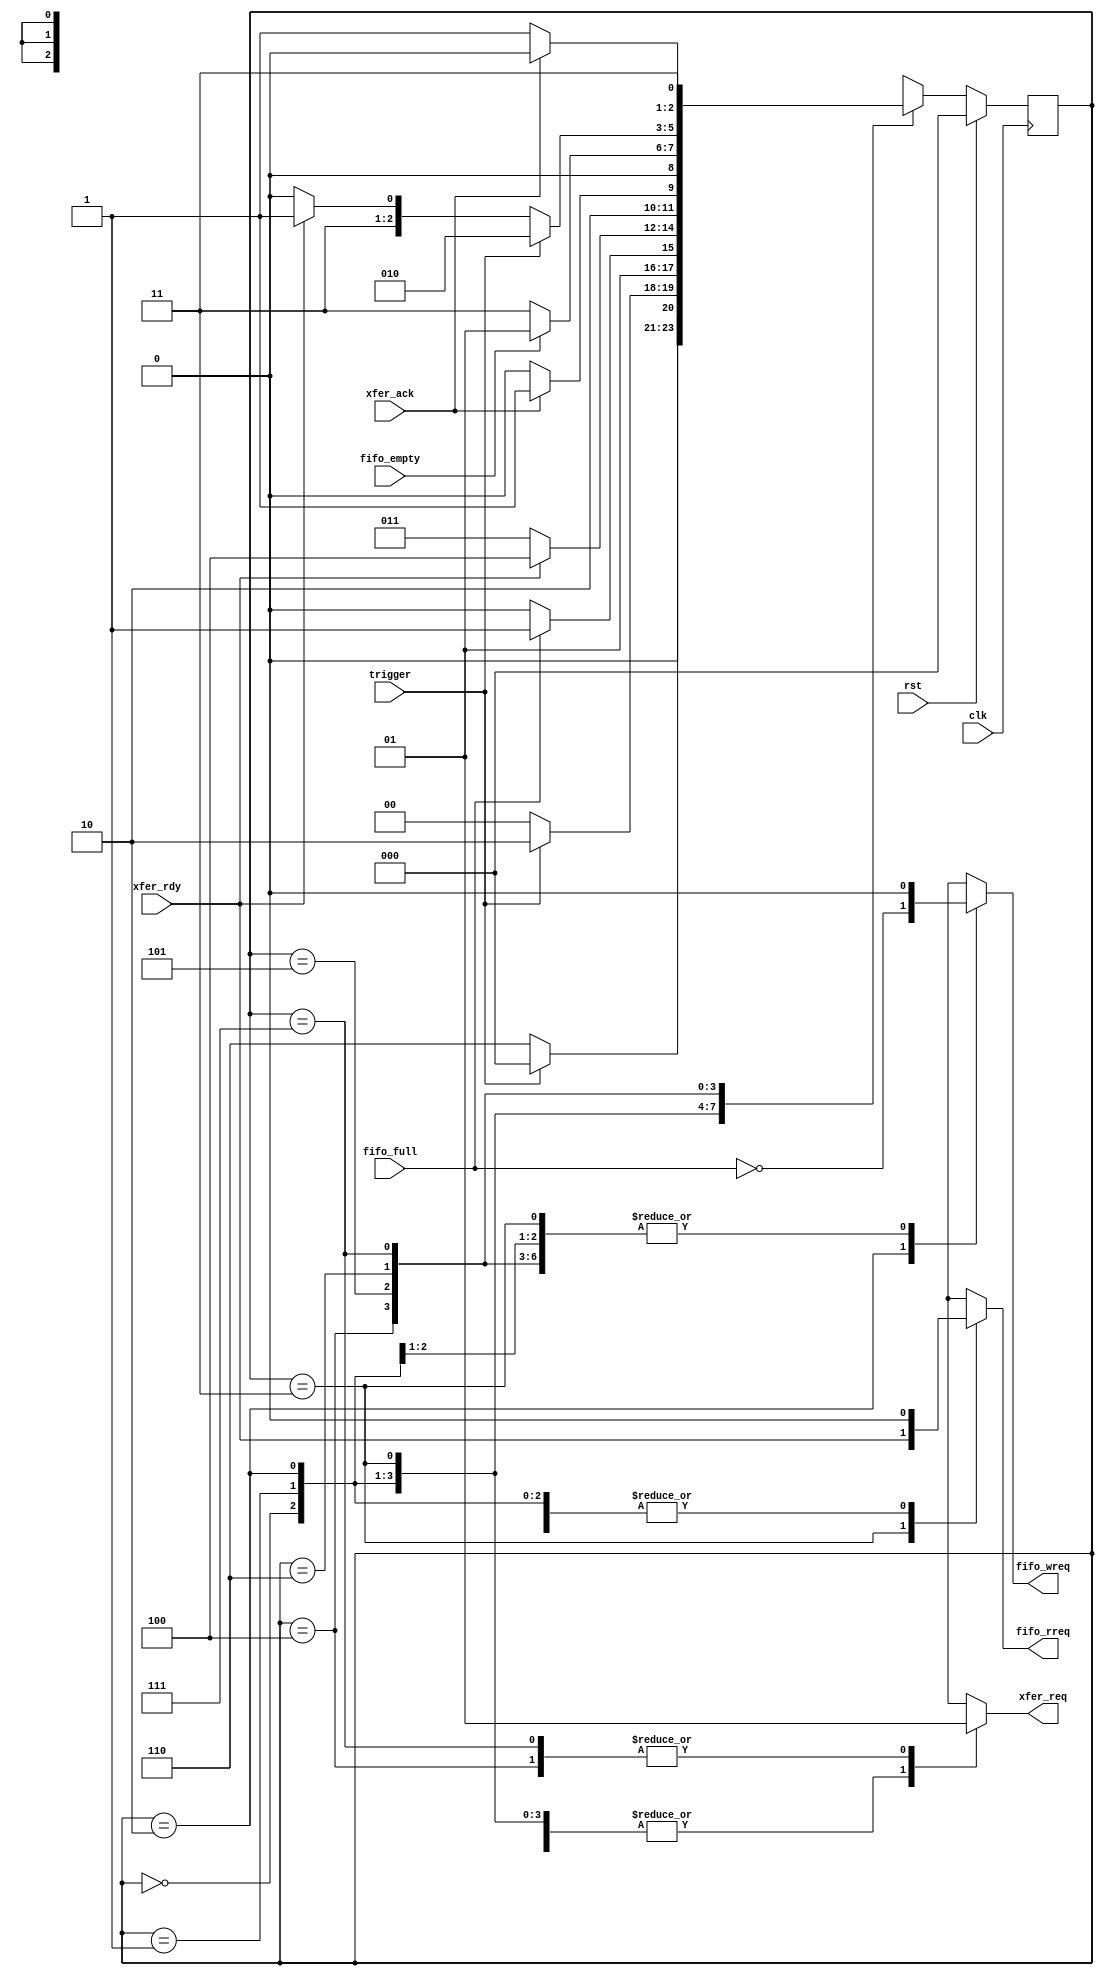
// Copyright 2009  Kirk Weedman KD7IRS 

//  HPSDR - High Performance Software Defined Radio
//
//  Mercury to Atlas bus interface.
//
//
//  This program is free software; you can redistribute it and/or modify
//  it under the terms of the GNU General Public License as published by
//  the Free Software Foundation; either version 2 of the License, or
//  (at your option) any later version.
//
//  This program is distributed in the hope that it will be useful,
//  but WITHOUT ANY WARRANTY; without even the implied warranty of
//  MERCHANTABILITY or FITNESS FOR A PARTICULAR PURPOSE.  See the
//  GNU General Public License for more details.
//
//  You should have received a copy of the GNU General Public License
//  along with this program; if not, write to the Free Software
//  Foundation, Inc., 59 Temple Place, Suite 330, Boston, MA  02111-1307  USA
//
// Change log:
//
// 22 March 2009 - first version



/*
 Spectrum FIFO and NWire_xmit control logic to send captured spectrum FIFO data
 to Ozy via an NWire_xmit

*/

`timescale 1ns/100ps

module sp_xmit_ctrl (rst, clk, trigger, fifo_full, fifo_empty, fifo_wreq,
                     fifo_rreq, xfer_req, xfer_rdy, xfer_ack);

input  wire        rst;
input  wire        clk;
input  wire        trigger;    // signal from Ozy to get more data
input  wire        fifo_full;  // Spectrum FIFO full flag
input  wire        fifo_empty; // Spectrum FIFO empty flag
output reg         fifo_wreq;  // Spectrum FIFO write request
output reg         fifo_rreq;  // Spectrum FIFO read request - data comes out on next clk
output reg         xfer_req;   // request input to NWire_xmit
input  wire        xfer_rdy;   // NWire_xmit is ready for more data
input  wire        xfer_ack;   // acknowledge the xfer_rdy;

reg  [2:0] sp_state;
reg  [2:0] sp_state_next;

localparam IDLE      = 0,
           TRIG      = 1,
           CAPTURE   = 2,
           SEND_RDY  = 3,
           SEND_REQ  = 4,
           SEND_DONE = 5,
           T_RDY     = 6,
           T_REQ     = 7;


// When Mercury powers up or is reprogrammed, the spectrum data stream of
// 4096 words needs to be resynchronized to Ozy.  To do this, note that the
// trigger signal from Ozy may be high or low but we wont know where in the
// stream we're at.  Therefore we'll feed it data until trigger goes from
// low to high at which point we can change from SYNC to RUN mode.
          
localparam TPD = 1;

always @(posedge clk)
begin
  if (rst)
    sp_state <= #TPD 1'b0;
  else
    sp_state <= #TPD sp_state_next;
end

always @*
begin
  case (sp_state)
    IDLE:
    begin
      fifo_wreq = 1'b0; // no reading/writing to FIFO while getting in synch with trigger
      fifo_rreq = 1'b0;
      xfer_req  = 1'b0;
      if (trigger)
        sp_state_next = IDLE;  // Wait for trigger to go low
      else
        sp_state_next = T_RDY;
    end

    TRIG:  // this is not the first state after reset, IDLE is!
    begin
      fifo_wreq = 1'b0;
      fifo_rreq = 1'b0;
      xfer_req  = 1'b0;
      if (trigger)
        sp_state_next = CAPTURE;
      else
        sp_state_next = IDLE;
    end

    CAPTURE:
    begin
      fifo_wreq = !fifo_full;
      fifo_rreq = 1'b0;
      xfer_req  = 1'b0;
      if (fifo_full)
        sp_state_next = SEND_RDY;
      else
        sp_state_next = CAPTURE;
    end

    SEND_RDY:
    begin
      fifo_wreq = 1'b0;
      fifo_rreq = xfer_rdy; // get 16 bit data from FIFO when in RUN mode
      xfer_req  = 1'b0;
      if (!xfer_rdy)
        sp_state_next = SEND_RDY;  // Wait for NWire_xmit to be ready for more data
      else
        sp_state_next = SEND_REQ;
    end

    SEND_REQ:
    begin
      fifo_wreq = 1'b0;
      fifo_rreq = 1'b0;
      xfer_req  = 1'b1;
      if (!xfer_ack)
        sp_state_next = SEND_REQ;  // Wait for NWire_xmit to acknowledge my request before removing it
      else
        sp_state_next = SEND_DONE;
    end

    SEND_DONE:
    begin
      fifo_wreq = 1'b0;
      fifo_rreq = 1'b0;
      xfer_req  = 1'b0;
      if (!fifo_empty)
        sp_state_next = SEND_RDY; // FIFO still has more data to send via NWire_xmit
      else
        sp_state_next = TRIG; // done transmitting the FIFO data, go wait for next trigger
    end


    // Send data to Ozy until trigger goes high
    T_RDY:
    begin
      fifo_wreq = 1'b0; // no reading/writing to FIFO while getting in synch with trigger
      fifo_rreq = 1'b0;
      xfer_req  = 1'b0;
      if (trigger)
        sp_state_next = CAPTURE;  // trigger just went high so now we're synched.
      else if (!xfer_rdy)
        sp_state_next = T_RDY;  // Wait for NWire_xmit to be ready for more data
      else
        sp_state_next = T_REQ;
    end

    T_REQ:
    begin
      fifo_wreq = 1'b0;
      fifo_rreq = 1'b0;
      xfer_req  = 1'b1; // send data (any value) to Ozy until trigger goes high
      if (!xfer_ack)
        sp_state_next = T_REQ;  // Wait for NWire_xmit to acknowledge my request before removing it
      else
        sp_state_next = T_RDY;
    end


    default:
    begin
      fifo_wreq = 1'b0;
      fifo_rreq = 1'b0;
      xfer_req  = 1'b0;
      sp_state_next = IDLE;
    end
  endcase
end

endmodule